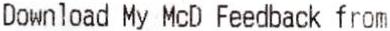
DOWNLOAD MY MCD FEEDBACK FROM